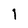
Character: I